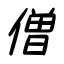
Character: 僧